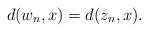
LaTeX: \begin{align*} d(w_n,x)=d(z_n,x). \end{align*}